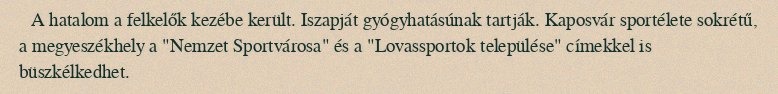
A hatalom a felkelők kezébe került. Iszapját gyógyhatásúnak tartják. Kaposvár sportélete sokrétű, a megyeszékhely a "Nemzet Sportvárosa" és a "Lovassportok települése" címekkel is büszkélkedhet.